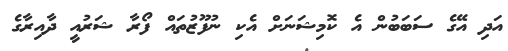
އަދި އޭގެ ސަބަބުން އެ ކޮމިޝަނަށް އެކި ނުފޫޒުތައް ފޯރާ ޝަރުއީ ދާއިރާގެ